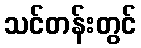
သင်တန်းတွင်